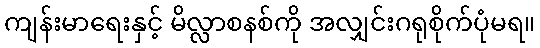
ကျန်းမာရေးနှင့် မိလ္လာစနစ်ကို အလျှင်းဂရုစိုက်ပုံမရ။